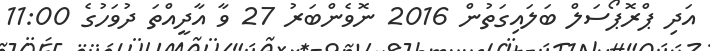
އަދި ޕްރޮޕޯސަލް ބަލައިގަތުން 2016 ނޮވެންބަރު 27 ވާ އާދީއްތަ ދުވަހުގެ 11:00